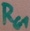
Text: RG1